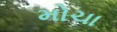
મોચા